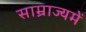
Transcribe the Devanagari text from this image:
साम्राज्यमें